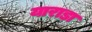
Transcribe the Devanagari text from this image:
याराडा